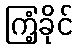
ကြံ့ခိုင်